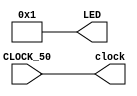

module Clock (CLOCK_50, clock, LED);

	output clock;
	input CLOCK_50;
	output [7:0] LED;
	
	wire clock = CLOCK_50;

	wire [07:00] leds_out;
	
	assign LED[07:00] = leds_out;
	assign leds_out = 1;
	
endmodule